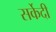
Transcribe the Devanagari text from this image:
सर्केदी